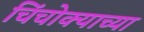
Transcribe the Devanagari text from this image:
चिंचोक्याच्या